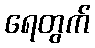
ရေတွက်